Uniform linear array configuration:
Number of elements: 16
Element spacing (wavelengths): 0.25
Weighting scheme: binomial
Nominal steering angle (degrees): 45
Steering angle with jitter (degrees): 45.642
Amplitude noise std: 0.05
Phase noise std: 0.05

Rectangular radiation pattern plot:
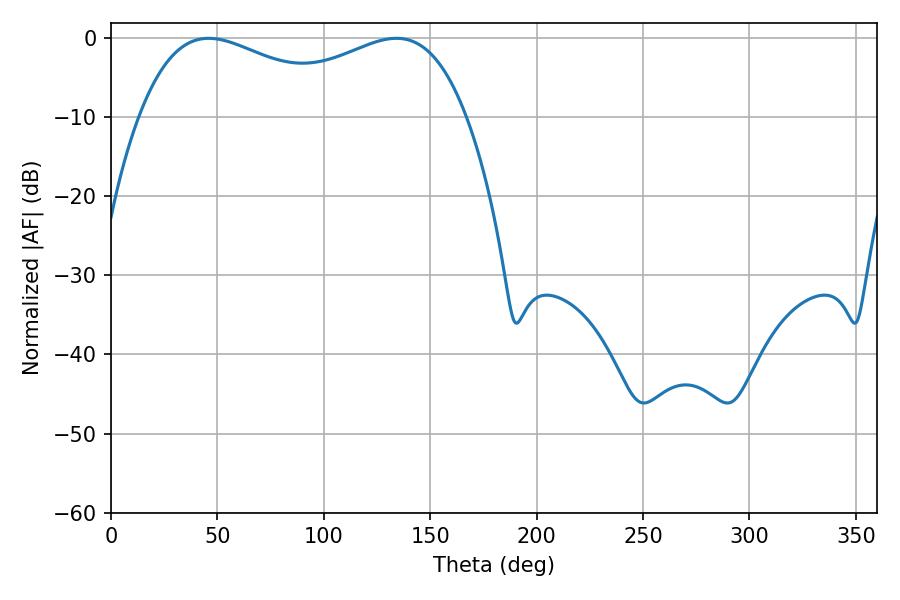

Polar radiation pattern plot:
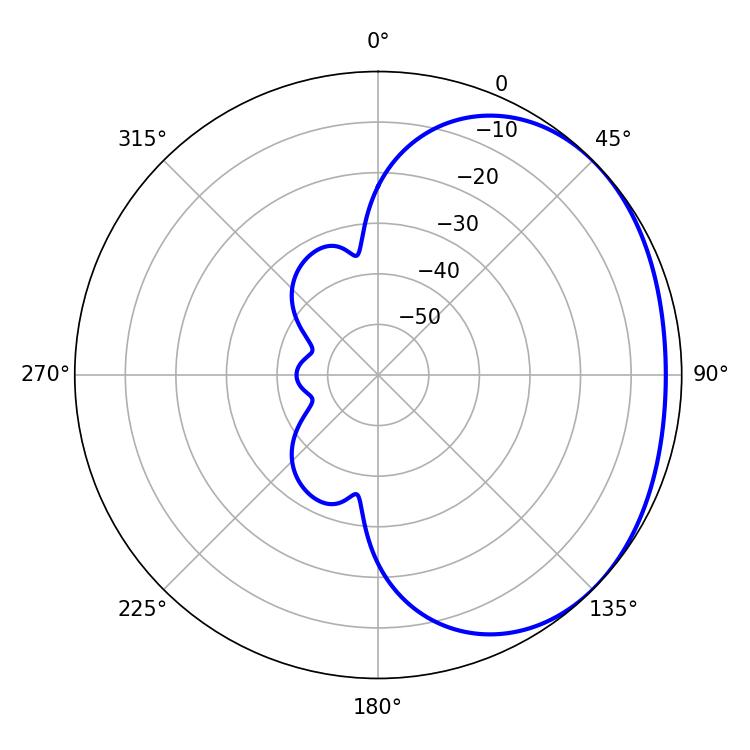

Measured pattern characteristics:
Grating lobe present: FALSE
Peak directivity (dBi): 1.722
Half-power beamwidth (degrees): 57.06
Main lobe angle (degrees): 45.9